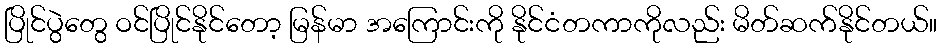
ပြိုင်ပွဲတွေ ဝင်ပြိုင်နိုင်တော့ မြန်မာ အကြောင်းကို နိုင်ငံတကာကိုလည်း မိတ်ဆက်နိုင်တယ်။